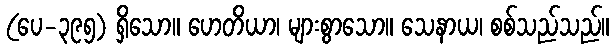
(ပေ-၃၉၅) ရှိသော။ ဟေတိယာ၊ များစွာသော။ သေနာယ၊ စစ်သည်သည်။